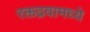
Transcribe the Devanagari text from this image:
रक्तद्रवामध्ये